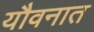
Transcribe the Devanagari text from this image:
यौवनात